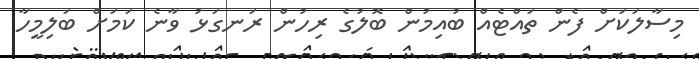
މިސާލަކަށް ފެން ތައްޓެއް ބުއިމުން ބޮލުގެ ރިހުން ރަނގަޅު ވާނެ ކަމަށް ބަލިމީހާ